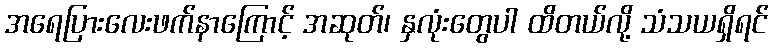
အရေပြားလေးဖက်နာကြောင့် အဆုတ်၊ နှလုံးတွေပါ ထိတယ်လို့ သံသယရှိရင်